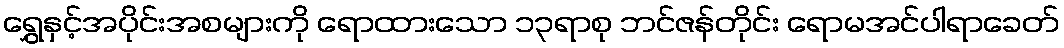
ရွှေနှင့်အပိုင်းအစများကို ရောထားသော ၁၃ရာစု ဘင်ဇန်တိုင်း ရောမအင်ပါရာခေတ်